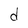
Character: d